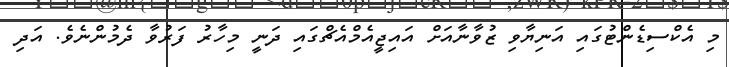
މި އެކްސިޑެންޓުގައި އަނިޔާވި ޒުވާނާއަށް އައިޖީއެމްއެޗްގައި ދަނީ މިހާރު ފަރުވާ ދެމުންނެވެ. އަދި